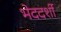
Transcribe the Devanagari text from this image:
भेददर्शी